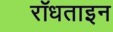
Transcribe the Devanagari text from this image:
रॉधताइन